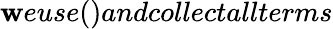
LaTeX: \mathbf{w}euse()andcollectallterms